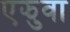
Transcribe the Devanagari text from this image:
एझुवा